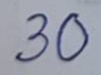
30